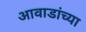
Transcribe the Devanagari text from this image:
आवाडांच्या